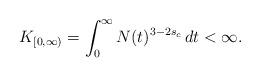
LaTeX: \begin{align*}K_{[0,\infty)}=\int_0^\infty N(t)^{3-2s_c}\,dt<\infty.\end{align*}